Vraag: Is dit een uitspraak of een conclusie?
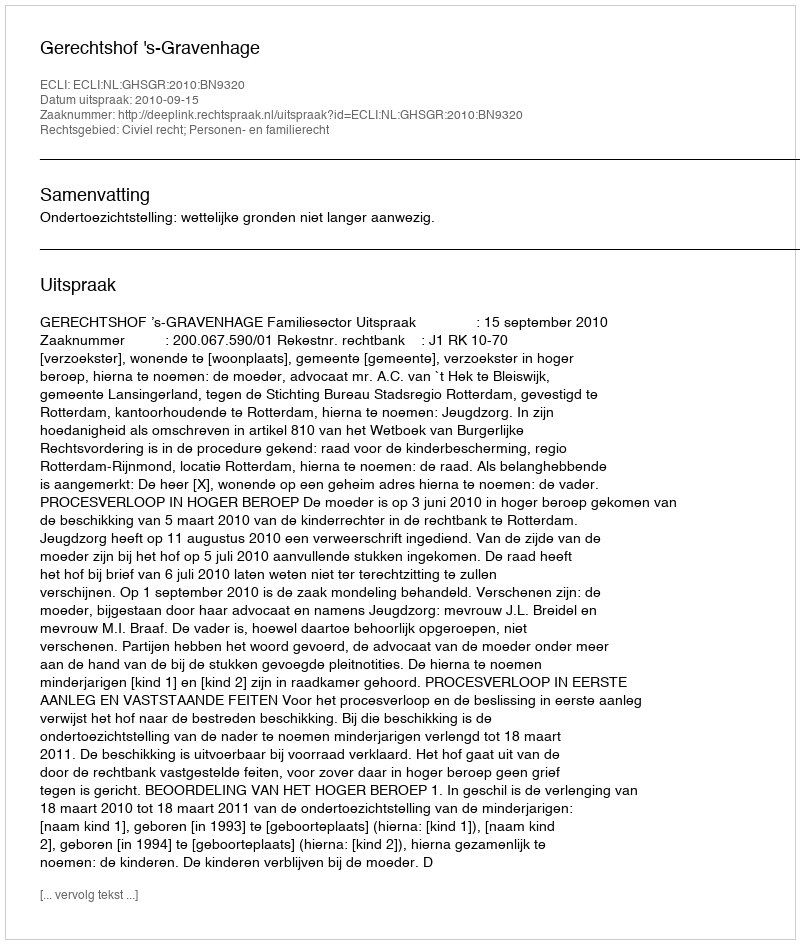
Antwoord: Uitspraak